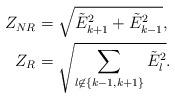
LaTeX: \begin{align*} Z_{NR}&= \sqrt{\tilde{E}_{k+1}^2 + \tilde{E}_{k-1}^2}, \\ Z_R&= \sqrt{\sum_{l\not \in \{k-1, k+1\}} \tilde{E}_{l}^2 }. \end{align*}